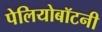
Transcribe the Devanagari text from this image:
पेलियोबॉटनी